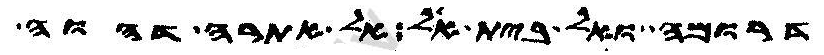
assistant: דרומה ואל בית אל אל אתרה דהוה